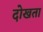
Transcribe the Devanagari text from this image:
दोखता